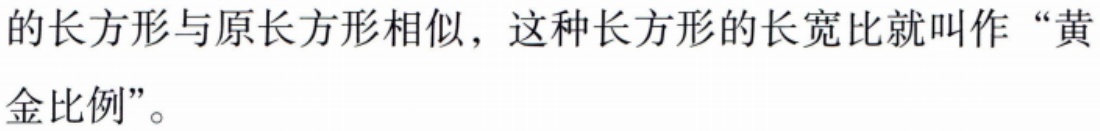
的长方形与原长方形相似，这种长方形的长宽比就叫作“黄金比例”。